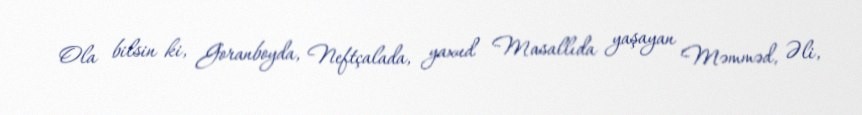
Ola bilsin ki, Goranboyda, Neftçalada, yaxud Masallıda yaşayan Məmməd, Əli,